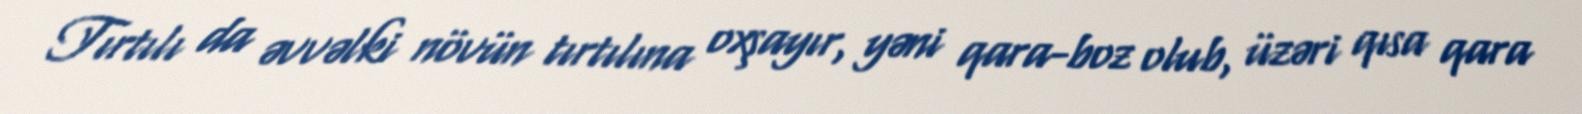
Tırtılı da əvvəlki növün tırtılına oxşayır, yəni qara-boz olub, üzəri qısa qara